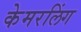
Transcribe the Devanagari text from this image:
केमरलिंग